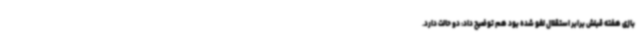
بازی هفته قبلش برابر استقلال لغو شده بود هم توضیح داد: دو حالت دارد.